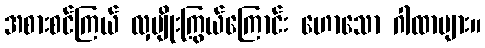
အစားစင်ကြယ် လှမျိုးကြွယ်ကြောင်း ဟောသော ဂါထာများ။